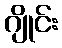
ဂျိုင်း